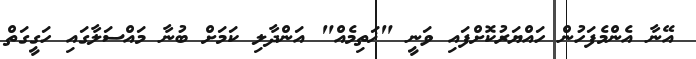
އޭނާ އެންމެފަހުން ހައްޔަރުކޮށްފައި ވަނީ "ޚަތިމެއް" އަންދާލި ކަމަށް ބުނާ މައްސަލާގައި ހަގީގަތް